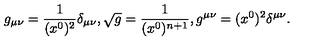
g _ { \mu \nu } = { \frac { 1 } { ( x ^ { 0 } ) ^ { 2 } } } \delta _ { \mu \nu } , \sqrt { g } = { \frac { 1 } { ( x ^ { 0 } ) ^ { n + 1 } } } , g ^ { \mu \nu } = ( x ^ { 0 } ) ^ { 2 } \delta ^ { \mu \nu } .